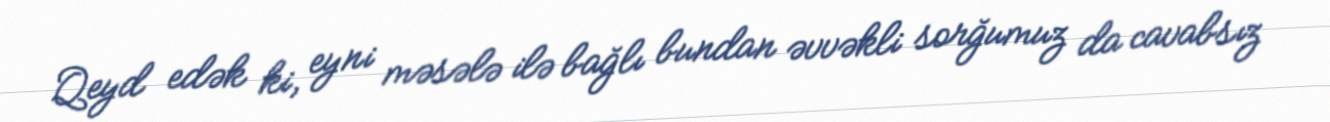
Qeyd edək ki, eyni məsələ ilə bağlı bundan əvvəkli sorğumuz da cavabsız